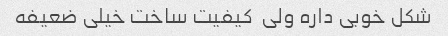
شکل خوبی داره ولی  کیفیت ساخت خیلی ضعیفه